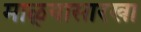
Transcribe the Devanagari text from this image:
माळ्यासारखा